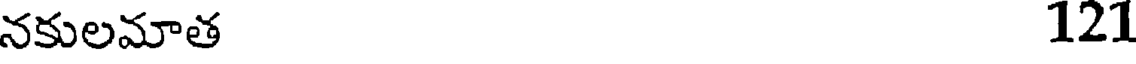
నకులమాత 121